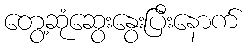
တွေ့ဆုံဆွေးနွေးပြီးနောက်